Annual administration report of the Civil Veterinary Department of India - 1899-1900
Year: 1899
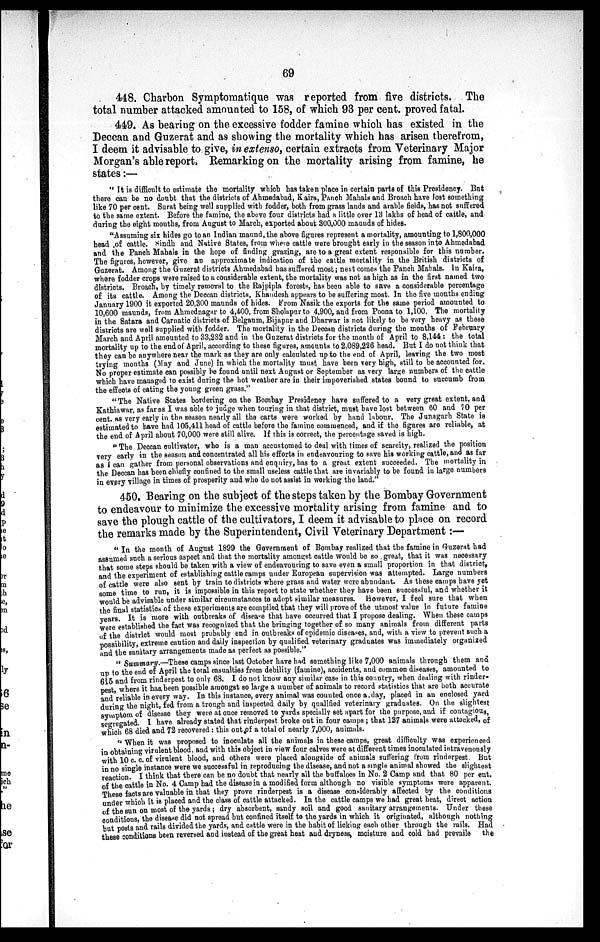
69
448. Charbon Symptomatique was reported from five districts. The
total number attacked amounted to 158, of which 93 per cent. proved fatal.
449. As bearing on the excessive fodder famine which has existed in the
Deccan and Guzerat and as showing the mortality which has arisen therefrom,
I deem it advisable to give, in extenso, certain extracts from Veterinary Major
Morgan's able report. Remarking on the mortality arising from famine, he
states:—
"It is difficult to estimate the mortality which has taken place in certain parts of this Presidency. But
there can be no doubt that the districts of Ahmedabad, Kaira, Punch Mahals and Broach have lost something
like 70 per cent. Surat being well supplied with fodder, both from grass lands and arable fields, has not suffered
to the same extent. Before the famino, the above four districts had a little over 13 lakhs of head of cattle, and
during the eight mouths, from August to March, exported about 300,000 maunds of hides.
"Assuming six hides go to an Indian maund,the above figures represent a mortality, amounting to 1,800,000
head of cattle. Sindh and Native States, from where cattle were brought early in the season into Ahmedabad
and the Panch Mahals in the hope of finding grazing, are to a great extent responsible for this number.
The figures, however, give an approximate indication of the cattle mortality in the British districts of
Guzerat. Among the Guzerat districts Ahmedabad has suffered most; next comes the Panch Mahals. In Kaira,
where fodder crops were raised to a considerable extent, the mortality was not as high as in the first named two
districts. Broach, by timely removal to the Rajpipla forests has been able to save a considerable percentage
of its cattle. Among the Deccan districts, Khandesh appears to be suffering most. In the five months ending
January 1900 it exported 20,300 maunds of hides. From Nasik the exports for the same period amounted to
10,600 maunds, from Ahmednagar to 4,400, from Sholapur to 4,900, and from Poona to 1,100. The mortality
in the Satara and Carnatic districts of Belgaum, Bijapur and Dharwar is not likely to be very heavy as these
districts are well supplied with fodder. The mortality in the Deccan districts during the months of February
March and April amounted to 33,282 and in the Guzerat districts for the month of April to 8,144: the total
mortality up to the end of April, according to these figures, amounts to 2,089,226 head. But I do not think that
they can be anywhere near the mark as they are only calculated up to the end of April, leaving the two most
trying months (May and June) in which the mortality must have been very high, still to be accounted for.
No proper estimate can possibly be found until next August or September as very large numbers of the cattle
which have managed to exist during the hot weather are in their impoverished states bound to succumb from
the effects of eating the young green grass."
"The Native States bordering on the Bombay Presidency have suffered to a very great extent, and
Kathiawar, as far as I was able to judge when touring in that district, must have lost between 60 and 70 per
cent. as very early in the season nearly all the carts were worked by hand labour. The Junagarh State is
estimated to have had 105,411 head of cattle before the famine commenced, and if the figures are reliable, at
the end of April about 70,000 were still alive. If this is correct, the percentage saved is high.
"The Deccan cultivator, who is a man accustomed to deal with times of scarcity, realized the position
very early in the season and concentrated all his efforts in endeavouring to save his working cattle, and as far
as I can gather from personal observations and enquiry, has to a great extent succeeded. The mortality in
the Deccan has been chiefly confined to the small useless cattle that are invariably to be found in large numbers
in every village in times of prosperity and who do not assist in working the land."
450. Bearing on the subject of the steps taken by the Bombay Government
to endeavour to minimize the excessive mortality arising from famine and to
save the plough cattle of the cultivators, I deem it advisable to place on record
the remarks made by the Superintendent, Civil Veterinary Department :—
"In the month of August 1899 the Government of Bombay realized that the famine in Guzerat had
assumed such a serious aspect and that the mortality amongst cattle would be so great, that it was necessary
that some steps should be taken with a view of endeavouring to save even a small proportion in that district,
and the experiment of establishing cattle camps under European supervision was attempted. Large numbers
of cattle were also sent by train to districts where grass and water were abundant. As these camps have yet
some time to run, it is impossible in this report to state whether they have been successful, and whether it
would be advisable under similar circumstances to adopt similar measures. However, I feel sure that when
the final statistics of these experiments are compiled that they will prove of the utmost value in future famine
years. It is more with outbreaks of disease that have occurred that I propose dealing. When these camps
were established the fact was recognized that the bringing together of so many animals from different parts
of the district would most probably end in outbreaks of epidemic diseases, and, with a view to prevent such a
possibility, extreme caution and daily inspection by qualified veterinary graduates was immediately organized
and the sanitary arrangements made as perfect as possible."
"Summary.—These camps since last October have had something like 7,000 animals through them and
up to the end of April the total casualties from debility (famine), accidents, and common diseases, amounted to
615 and from rinderpest to only 68. I do not know any similar case in this country, when dealing with rinder-
pest, where it has been possible amongst so large a number of animals to record statistics that are both accurate
and reliable in every way. In this instance, every animal was counted once a day, placed in an enclosed yard
during the night, fed from a trough and inspected. daily by qualified veterinary graduates. On the slightest
symptom of disease they were at once removed to yards specially set apart for the purpose, and if contagious,
segregated. I have already stated that rinderpest broke out in four camps; that 137 animals were attacked, of
which 68 died and 72 recovered: this out of a total of nearly 7,000, animals.
"When it was proposed to inoculate all the animals in these camps, great difficulty was experienced
in obtaining virulent blood and with this object in view four calves were at different times inoculated intravenously
with 10 c. c. of virulent blood, and others were placed alongside of animals suffering from rinderpest. But
in no single instance were we successful in reproducing the disease, and not a single animal showed the slightest
reaction. I think that there can be no doubt that nearly all the buffaloes in No. 2 Camp and that 80 per ent.
of the cattle in No. 4 Camp had the disease in a modified form although no visible symptoms were apparent.
These facts are valuable in that they prove rinderpest is a disease considerably affected by the conditions
under which it is placed and the class of cattle attacked. In the cattle camps we had great heat, direct action
of the sun on most of the yards; dry absorbent, sandy soil and good sanitary arrangements. Under these
conditions, the disease did not spread but confined itself to the yards in which it originated, although nothing
but posts and rails divided the yards, and cattle were in the habit of licking each other through the rails. Had
these conditions been reversed and instead of the great heat and dryness, moisture and cold had prevaile the